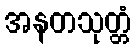
အနတသုတ္တံ